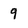
Character: 9